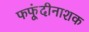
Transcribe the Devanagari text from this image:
फफूंदीनाशक